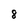
Character: 8